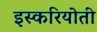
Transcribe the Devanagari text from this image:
इस्करियोती